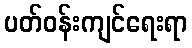
ပတ်ဝန်းကျင်ရေးရာ